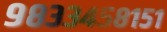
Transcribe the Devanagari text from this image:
९८३३४५८१५१